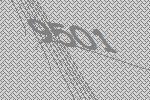
9501